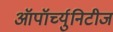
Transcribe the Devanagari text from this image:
ऑपॉर्च्युनिटीज